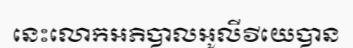
នេះលោកអភិបាលអូលីវីយេបាន